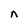
Character: n